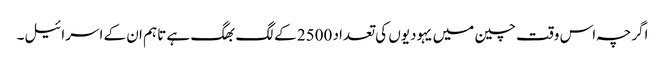
اگرچہ اس وقت چین میں یہودیوں کی تعداد 2500 کے لگ بھگ ہے تاہم ان کے اسرائیل۔